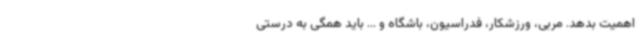
اهمیت بدهد. مربی، ورزشکار، فدراسیون، باشگاه و ... باید همگی به درستی